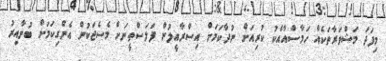
މިފަދަ މަޝްވަރާތަކެއް ހަމާސްއާއެކު ކުރިއަށް ނުދާކަމަށް އިސްރާއީލުން ފަލަސްތީނަށް މެސެޖަކުން އެންގިކަމަށް ބުނާއިރު